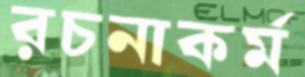
রচনাকর্ম